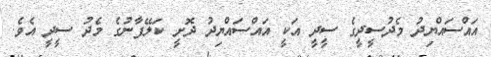
އައްސައްޔިދު މެދުސީދީގެ ސީދީ އަކީ އައްސައްޔިދު ދޮށީ ކަލޭފާނުގެ މެދު ސީދީ އެވެ.